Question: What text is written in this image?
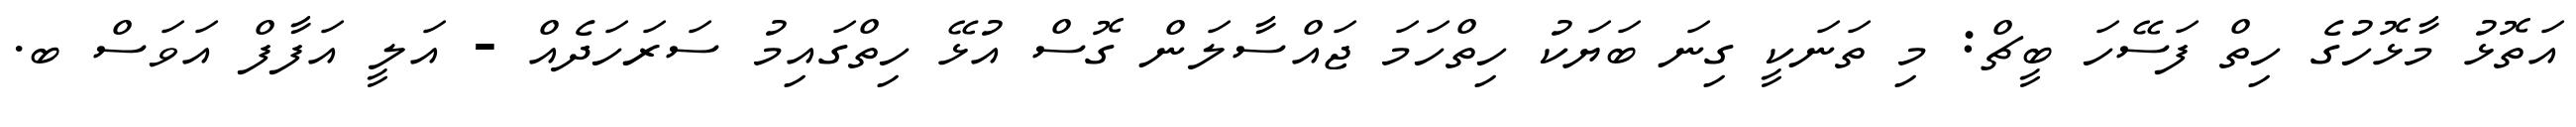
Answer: އަތޮޅު މާޅޮހުގެ ހިތް ފަސޭހަ ބީޗް: މި ތަނަކީ ގިނަ ބަޔަކު ހިތްހަމަ ޖައްސާލަން ގޮސް އުޅޭ ހިތްގައިމު ސަރަހަދެއް - އަލީ އަފާފް އަވަސް ބ.